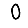
Digit: 0